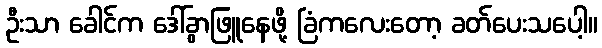
ဦးသာ ခေါင်က ဒေါ်ခွာဖြူနေဖို့ ခြံကလေးတော့ ခတ်ပေးသပေါ့။